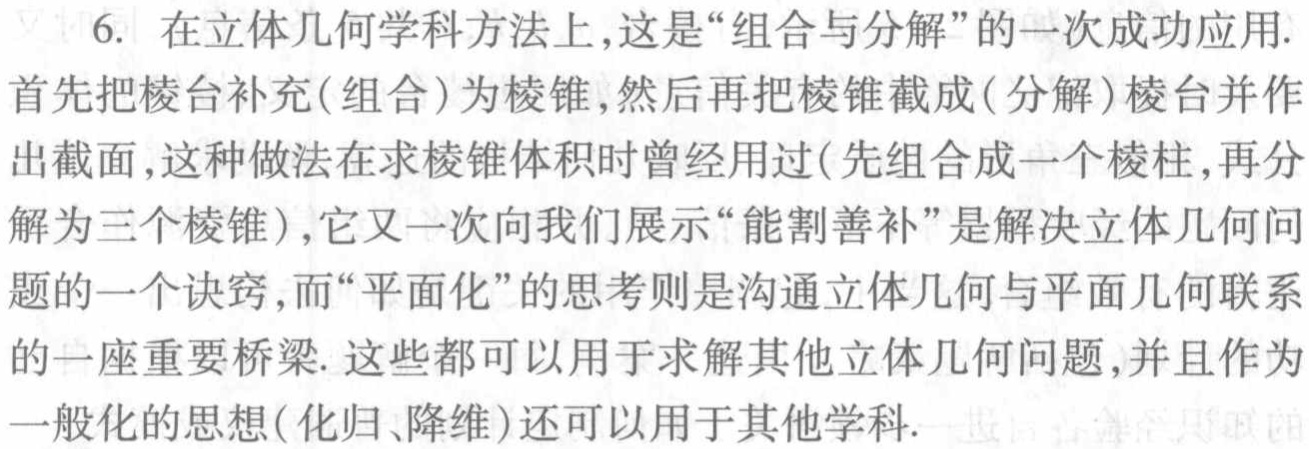
6. 在立体几何学科方法上,这是“组合与分解”的一次成功应用.
首先把棱台补充(组合)为棱锥,然后再把棱锥截成(分解)棱台并作出截面,这种做法在求棱锥体积时曾经用过(先组合成一个棱柱,再分解为三个棱锥),它又一次向我们展示“能割善补”是解决立体几何问题的一个诀窍,而“平面化”的思考则是沟通立体几何与平面几何联系的一座重要桥梁. 这些都可以用于求解其他立体几何问题,并且作为一般化的思想(化归、降维)还可以用于其他学科.